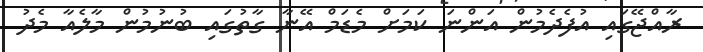
ރާއްޖޭގައި އުފެދެމުން އަންނަ ކަމަށް މެޑަމް އޭނާ ގާތުގައި ބުނުމުން މާލެއާ މެދު